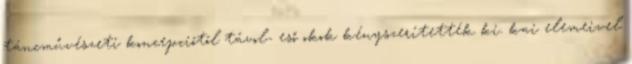
táncművészeti koncepciótól távol- eső okok kényszerítették ki. kai elemeivel